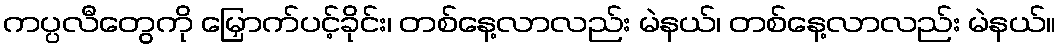
ကပ္ပလီတွေကို မြှောက်ပင့်ခိုင်း၊ တစ်နေ့လာလည်း မဲနယ်၊ တစ်နေ့လာလည်း မဲနယ်။